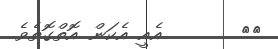
١٨       އެއީ އެކަން އޮތްގޮތެވެ.